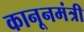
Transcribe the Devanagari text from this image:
कानूनमंत्री